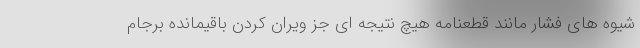
شیوه های فشار مانند قطعنامه هیچ نتیجه ای جز ویران کردن باقیمانده برجام